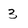
Character: 3